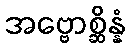
အဗ္ဗောစ္ဆိန္နံ